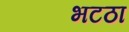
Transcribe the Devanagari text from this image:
भटठा